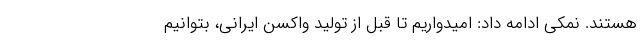
هستند. نمکی ادامه داد: امیدواریم تا قبل از تولید واکسن ایرانی، بتوانیم